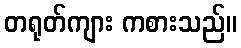
တရုတ်ကျား ကစားသည်။